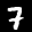
Label: 7